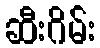
ဆီးဂိမ်း